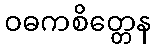
ဝဓကစိတ္တေန